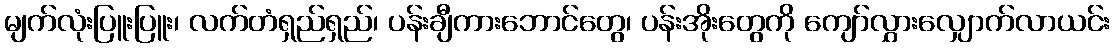
မျက်လုံးပြူးပြူး၊ လက်တံရှည်ရှည်၊ ပန်းချီကားဘောင်တွေ၊ ပန်းအိုးတွေကို ကျော်လွှားလျှောက်လာယင်း